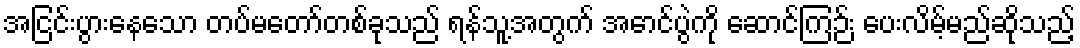
အငြင်းပွားနေသော တပ်မတော်တစ်ခုသည် ရန်သူ့အတွက် အောင်ပွဲကို ဆောင်ကြဉ်း ပေးလိမ့်မည်ဆိုသည့်